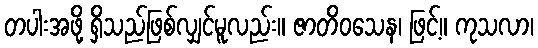
တပါးအဖို့ ရှိသည်ဖြစ်လျှင်မူလည်း။ ဇာတိဝသေန၊ ဖြင့်။ ကုသလာ၊